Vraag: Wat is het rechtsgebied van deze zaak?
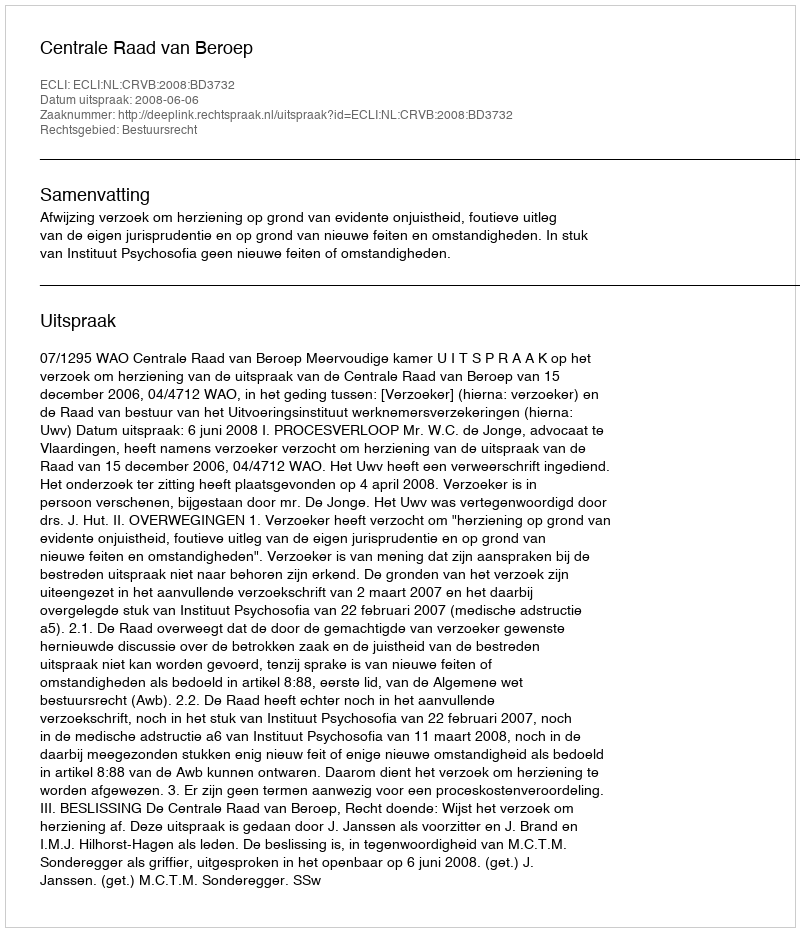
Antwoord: Bestuursrecht